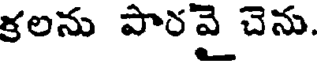
కలను పారవై చెను.